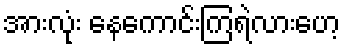
အားလုံး နေကောင်းကြရဲလားဟေ့